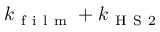
k _ { \mathrm { ~ f ~ i ~ l ~ m ~ } } + k _ { \mathrm { ~ H ~ S ~ 2 ~ } }